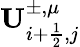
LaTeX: \mathbf{U}_{i+\frac{1}{2},j}^{\pm,\mu}